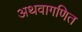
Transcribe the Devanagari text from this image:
अथवागणित